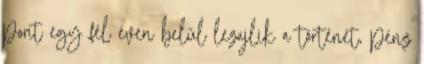
pont egy fél éven belül lezajlik a történet, pénz